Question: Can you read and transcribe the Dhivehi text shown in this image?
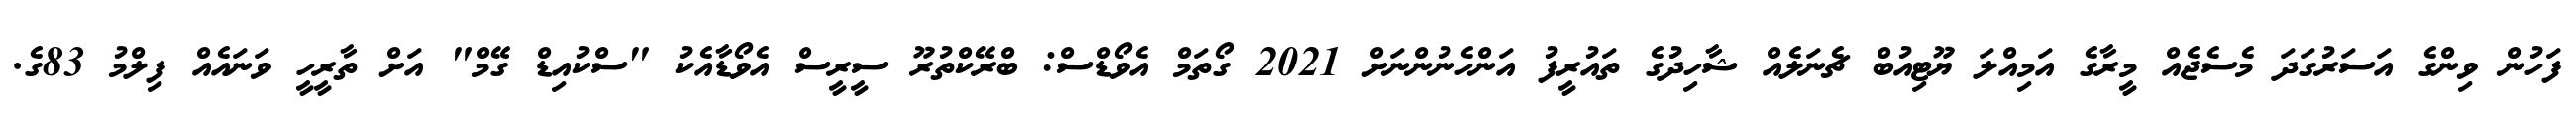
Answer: ފަހުން ވިންގެ އަސަރުގަދަ މެސެޖެއް މީރާގެ އަމިއްލަ ޔޫޓިއުބް ޗެނަލެއް ޝާހިދުގެ ތައުރީފު އަންހެނުންނަށް 2021 ގޯތަމް އެވޯޑްސް: ބްރޭކްތުރޫ ސީރީސް އެވޯޑާއެކު "ސްކުއިޑް ގޭމް" އަށް ތާރީހީ ވަނައެއް ފިލްމު 83ގެ.